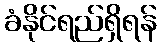
ခံနိုင်ရည်ရှိရန်